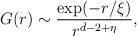
LaTeX: \begin{align*}G(r)\sim \frac{\exp (-r/\xi)}{r^{\bar{d}-2+\eta}},\end{align*}